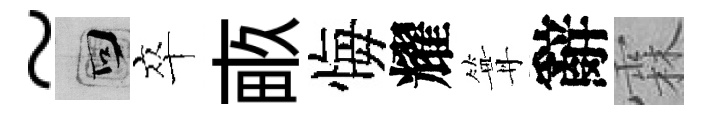
~回卒畞悔耀篝辭霖